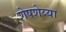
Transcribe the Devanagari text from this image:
शेषशेय्या